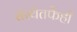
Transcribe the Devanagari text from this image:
संस्थेतर्फेही